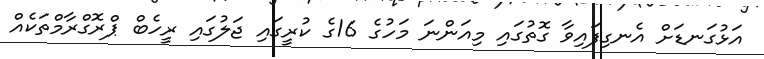
އަޅުގަނޑަށް އެނގިފައިވާ ގޮތުގައި މިއަންނަ މަހުގެ 16ގެ ކުރީގައި ޖަލުގައި ރީހެބް ޕްރޮގްރާމްތަކެއް